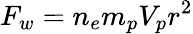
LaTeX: F_{w}=n_{e}m_{p}V_{p}r^{2}